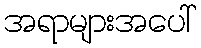
အရာများအပေါ်